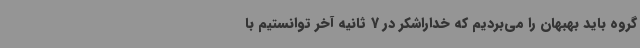
گروه باید بهبهان را می‌بردیم که خداراشکر در 7 ثانیه آخر توانستیم با